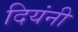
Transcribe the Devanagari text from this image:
दियंनी